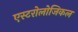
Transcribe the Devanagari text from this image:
एस्टरोलोजिकल